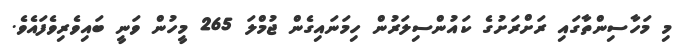
މި މަހާސިންތާގައި ރަށްރަށުގެ ކައުންސިލަރުން ހިމަނައިގެން ޖުމްލަ 265 މީހުން ވަނީ ބައިވެރިވެފައެވެ.